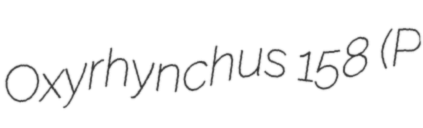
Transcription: Oxyrhynchus 158 (P